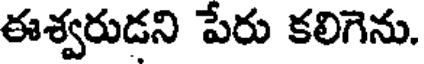
ఈశ్వరుడని పేరు కలిగెను.